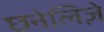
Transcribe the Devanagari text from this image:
छनेलिज़े